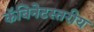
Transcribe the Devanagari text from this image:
कॅबिनेटस्तरीय